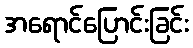
အရောင်ပြောင်းခြင်း